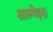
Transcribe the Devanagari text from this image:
आल्मेइदा